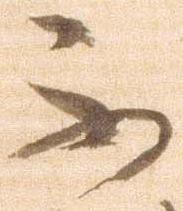
不